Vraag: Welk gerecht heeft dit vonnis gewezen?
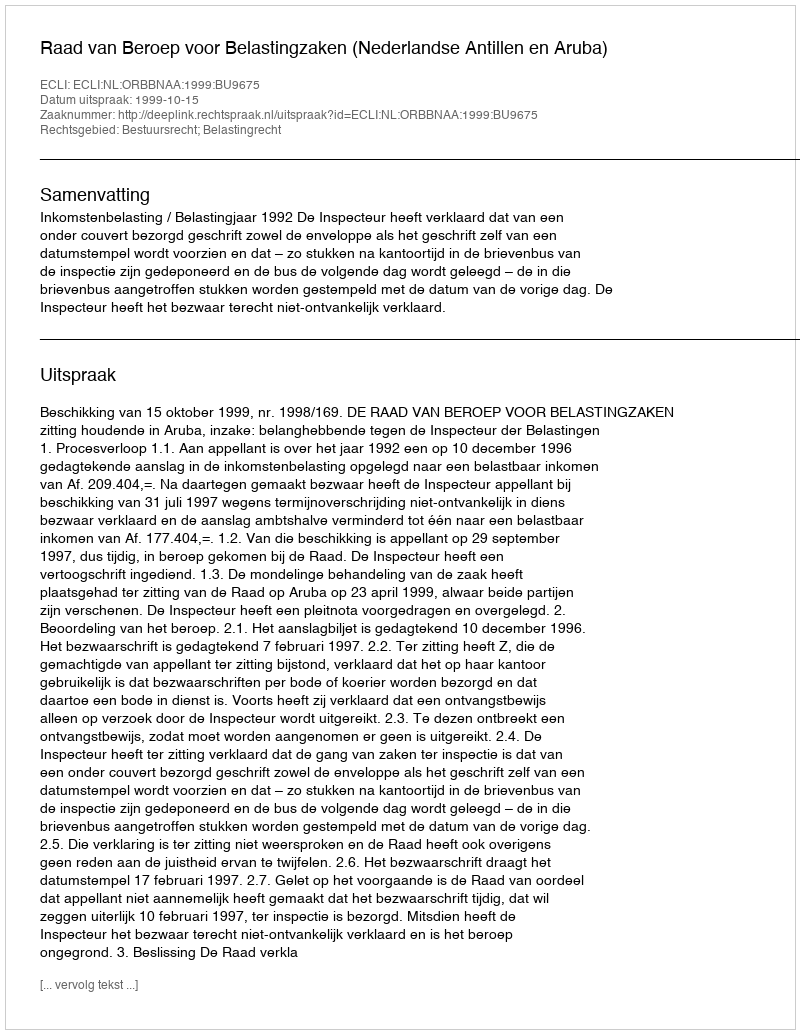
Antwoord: Raad van Beroep voor Belastingzaken (Nederlandse Antillen en Aruba)